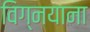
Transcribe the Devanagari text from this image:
विग्नयाना